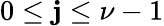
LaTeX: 0\leq\mathbf{j}\leq\nu-1